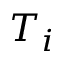
T _ { i }